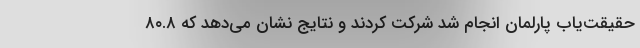
حقیقت‌یاب پارلمان انجام شد شرکت کردند و نتایج نشان می‌دهد که ۸۰.۸